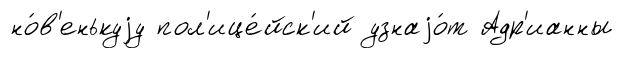
но́в'енькуjу пол'ице́йск'ий узнаjо́т Адр'ианны